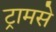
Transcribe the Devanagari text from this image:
ट्रामसे